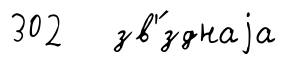
302 зв'́зднаjа